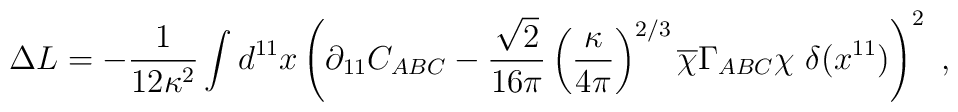
\Delta L =  -{1\over 12 \kappa^2}\int d^{11} x \left( \partial_{11}          C_{ABC} - {\sqrt{2}\over 16\pi}\left({\kappa\over 4\pi}\right)^{2/3}                       \overline{\chi} \Gamma_{ABC} \chi\ \delta(x^{11}) \right)^2 \ ,